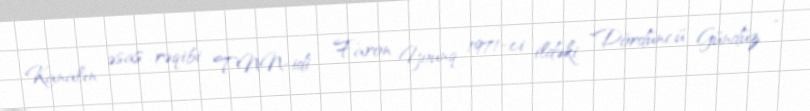
Kanalın əsas rəqibi TNN-idi , Faron Younq 1971-ci ildəki "Dördüncü Gündüz "